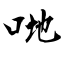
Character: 哋